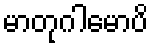
မာတုဂါမောပိ